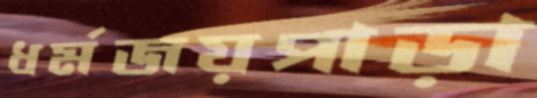
ধর্মজয়পাড়া